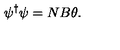
\psi ^ { \dag } \psi = N B \theta .